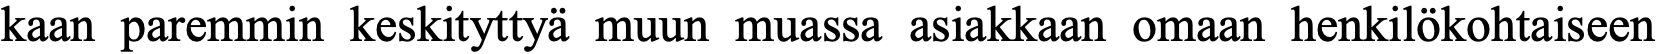
kaan paremmin keskityttyä muun muassa asiakkaan omaan henkilökohtaiseen